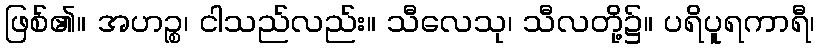
ဖြစ်၏။ အဟဉ္စ၊ ငါသည်လည်း။ သီလေသု၊ သီလတို့၌။ ပရိပူရကာရီ၊